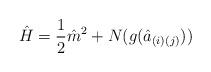
LaTeX: \begin{align*}{\hat H}={1 \over 2}{\hat m}^{2}+N(g({\hat a}_{(i)(j)}))\end{align*}